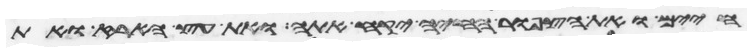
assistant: חיים ואת הצפור החיה יקח אתה ואת עץ הארז ואת